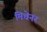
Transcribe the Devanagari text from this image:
मिचेनर